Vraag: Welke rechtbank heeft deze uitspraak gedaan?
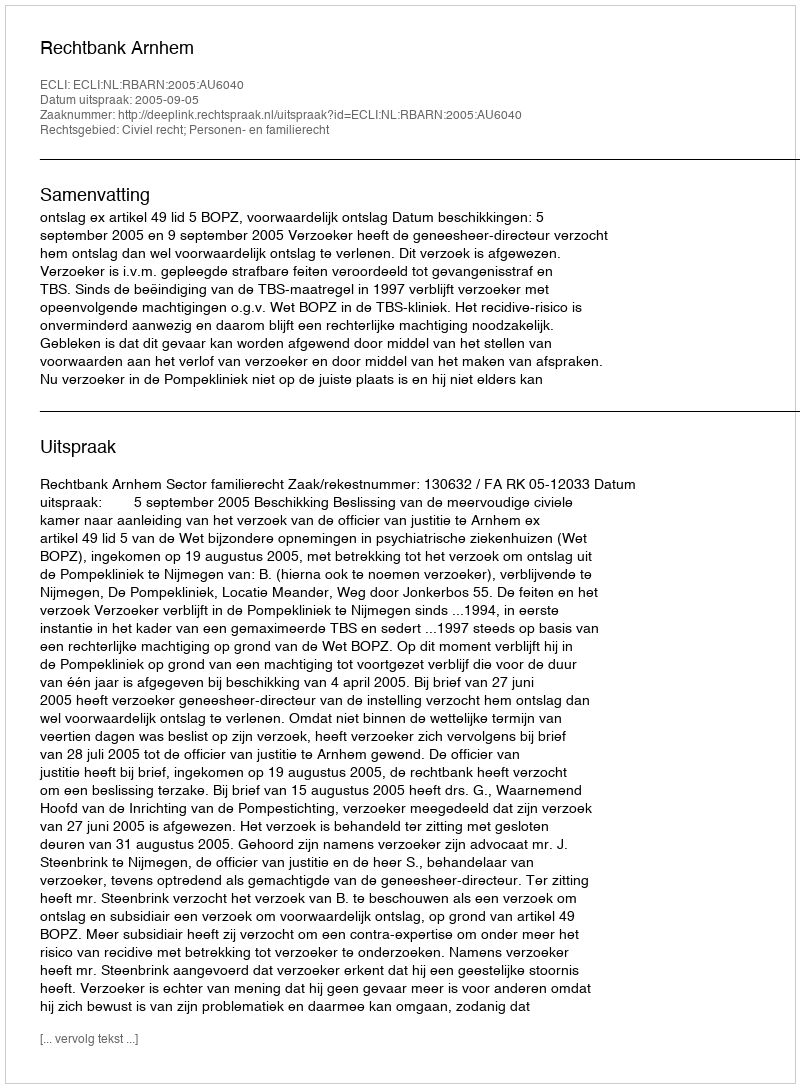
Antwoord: Rechtbank Arnhem